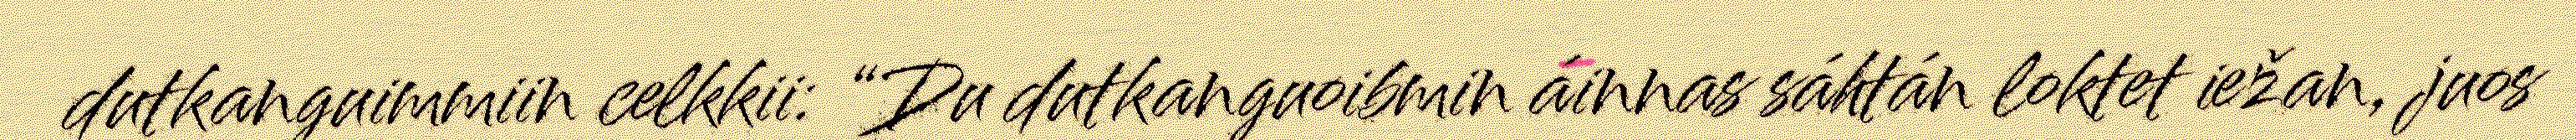
dutkanguimmiin celkkii: “Du dutkanguoibmin áinnas sáhtán loktet iežan, juos